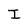
Character: I